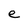
Character: e